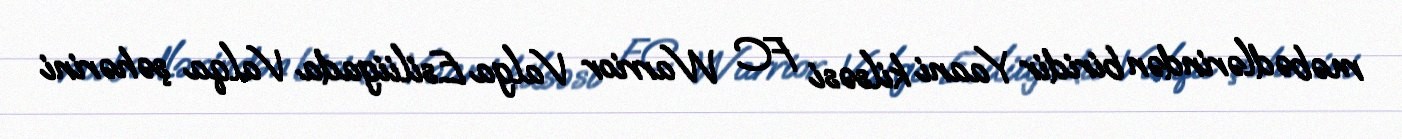
məbədlərindən biridir Yaani kilsəsi FC Warrior Valga Esiliigada Valqa şəhərini